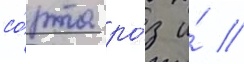
со́рта ро́з и́ //